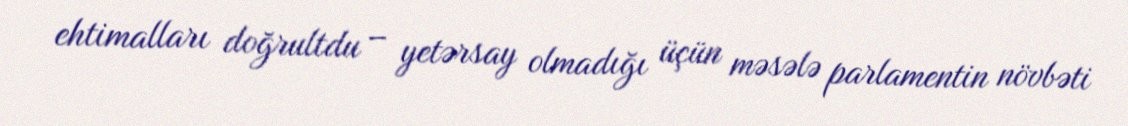
ehtimalları doğrultdu – yetərsay olmadığı üçün məsələ parlamentin növbəti